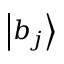
\left| b _ { j } \right\rangle